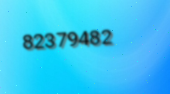
82379482